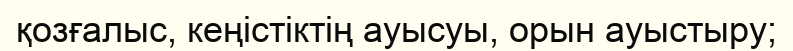
қозғалыс, кеңістіктің ауысуы, орын ауыстыру;